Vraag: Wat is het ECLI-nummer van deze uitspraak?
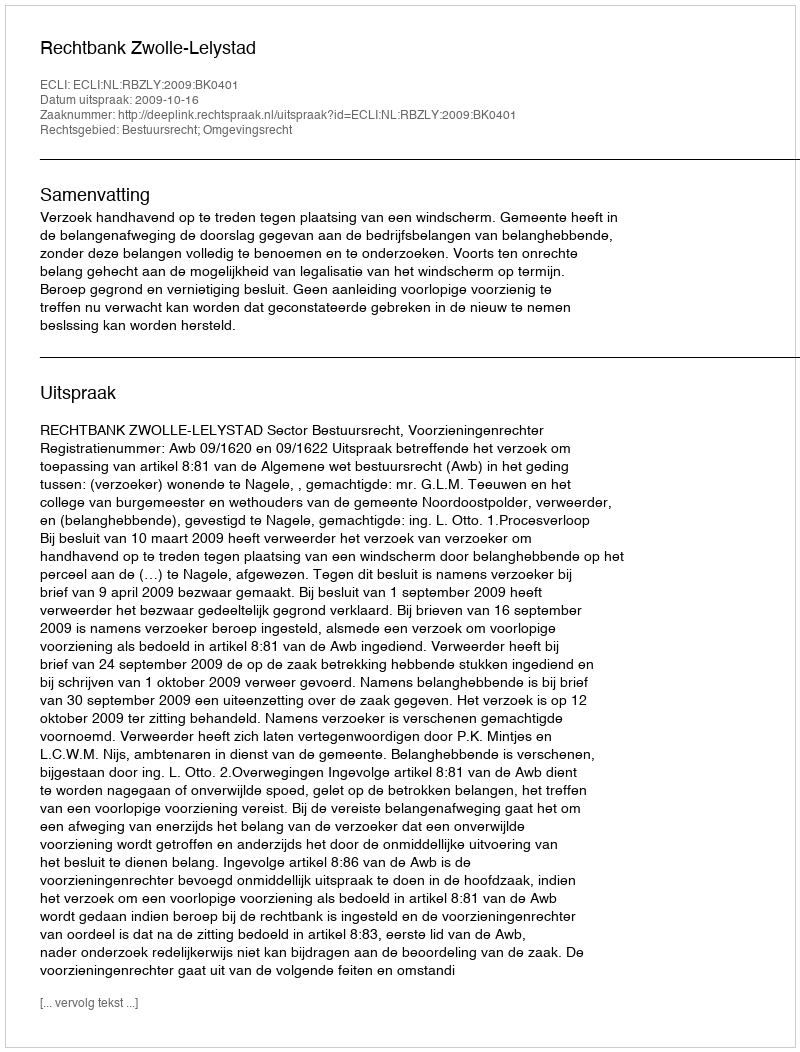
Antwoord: ECLI:NL:RBZLY:2009:BK0401